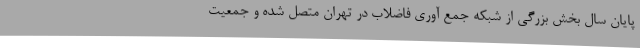
پایان سال بخش بزرگی از شبکه جمع آوری فاضلاب در تهران متصل شده و جمعیت